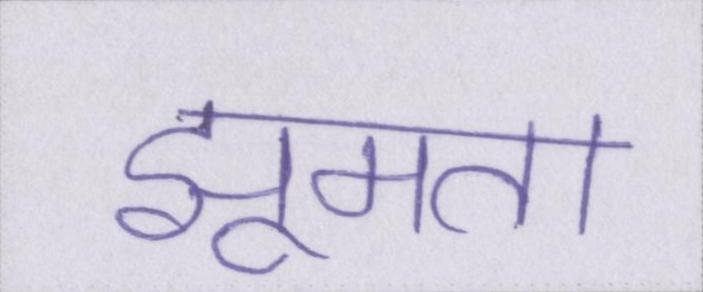
झूमता